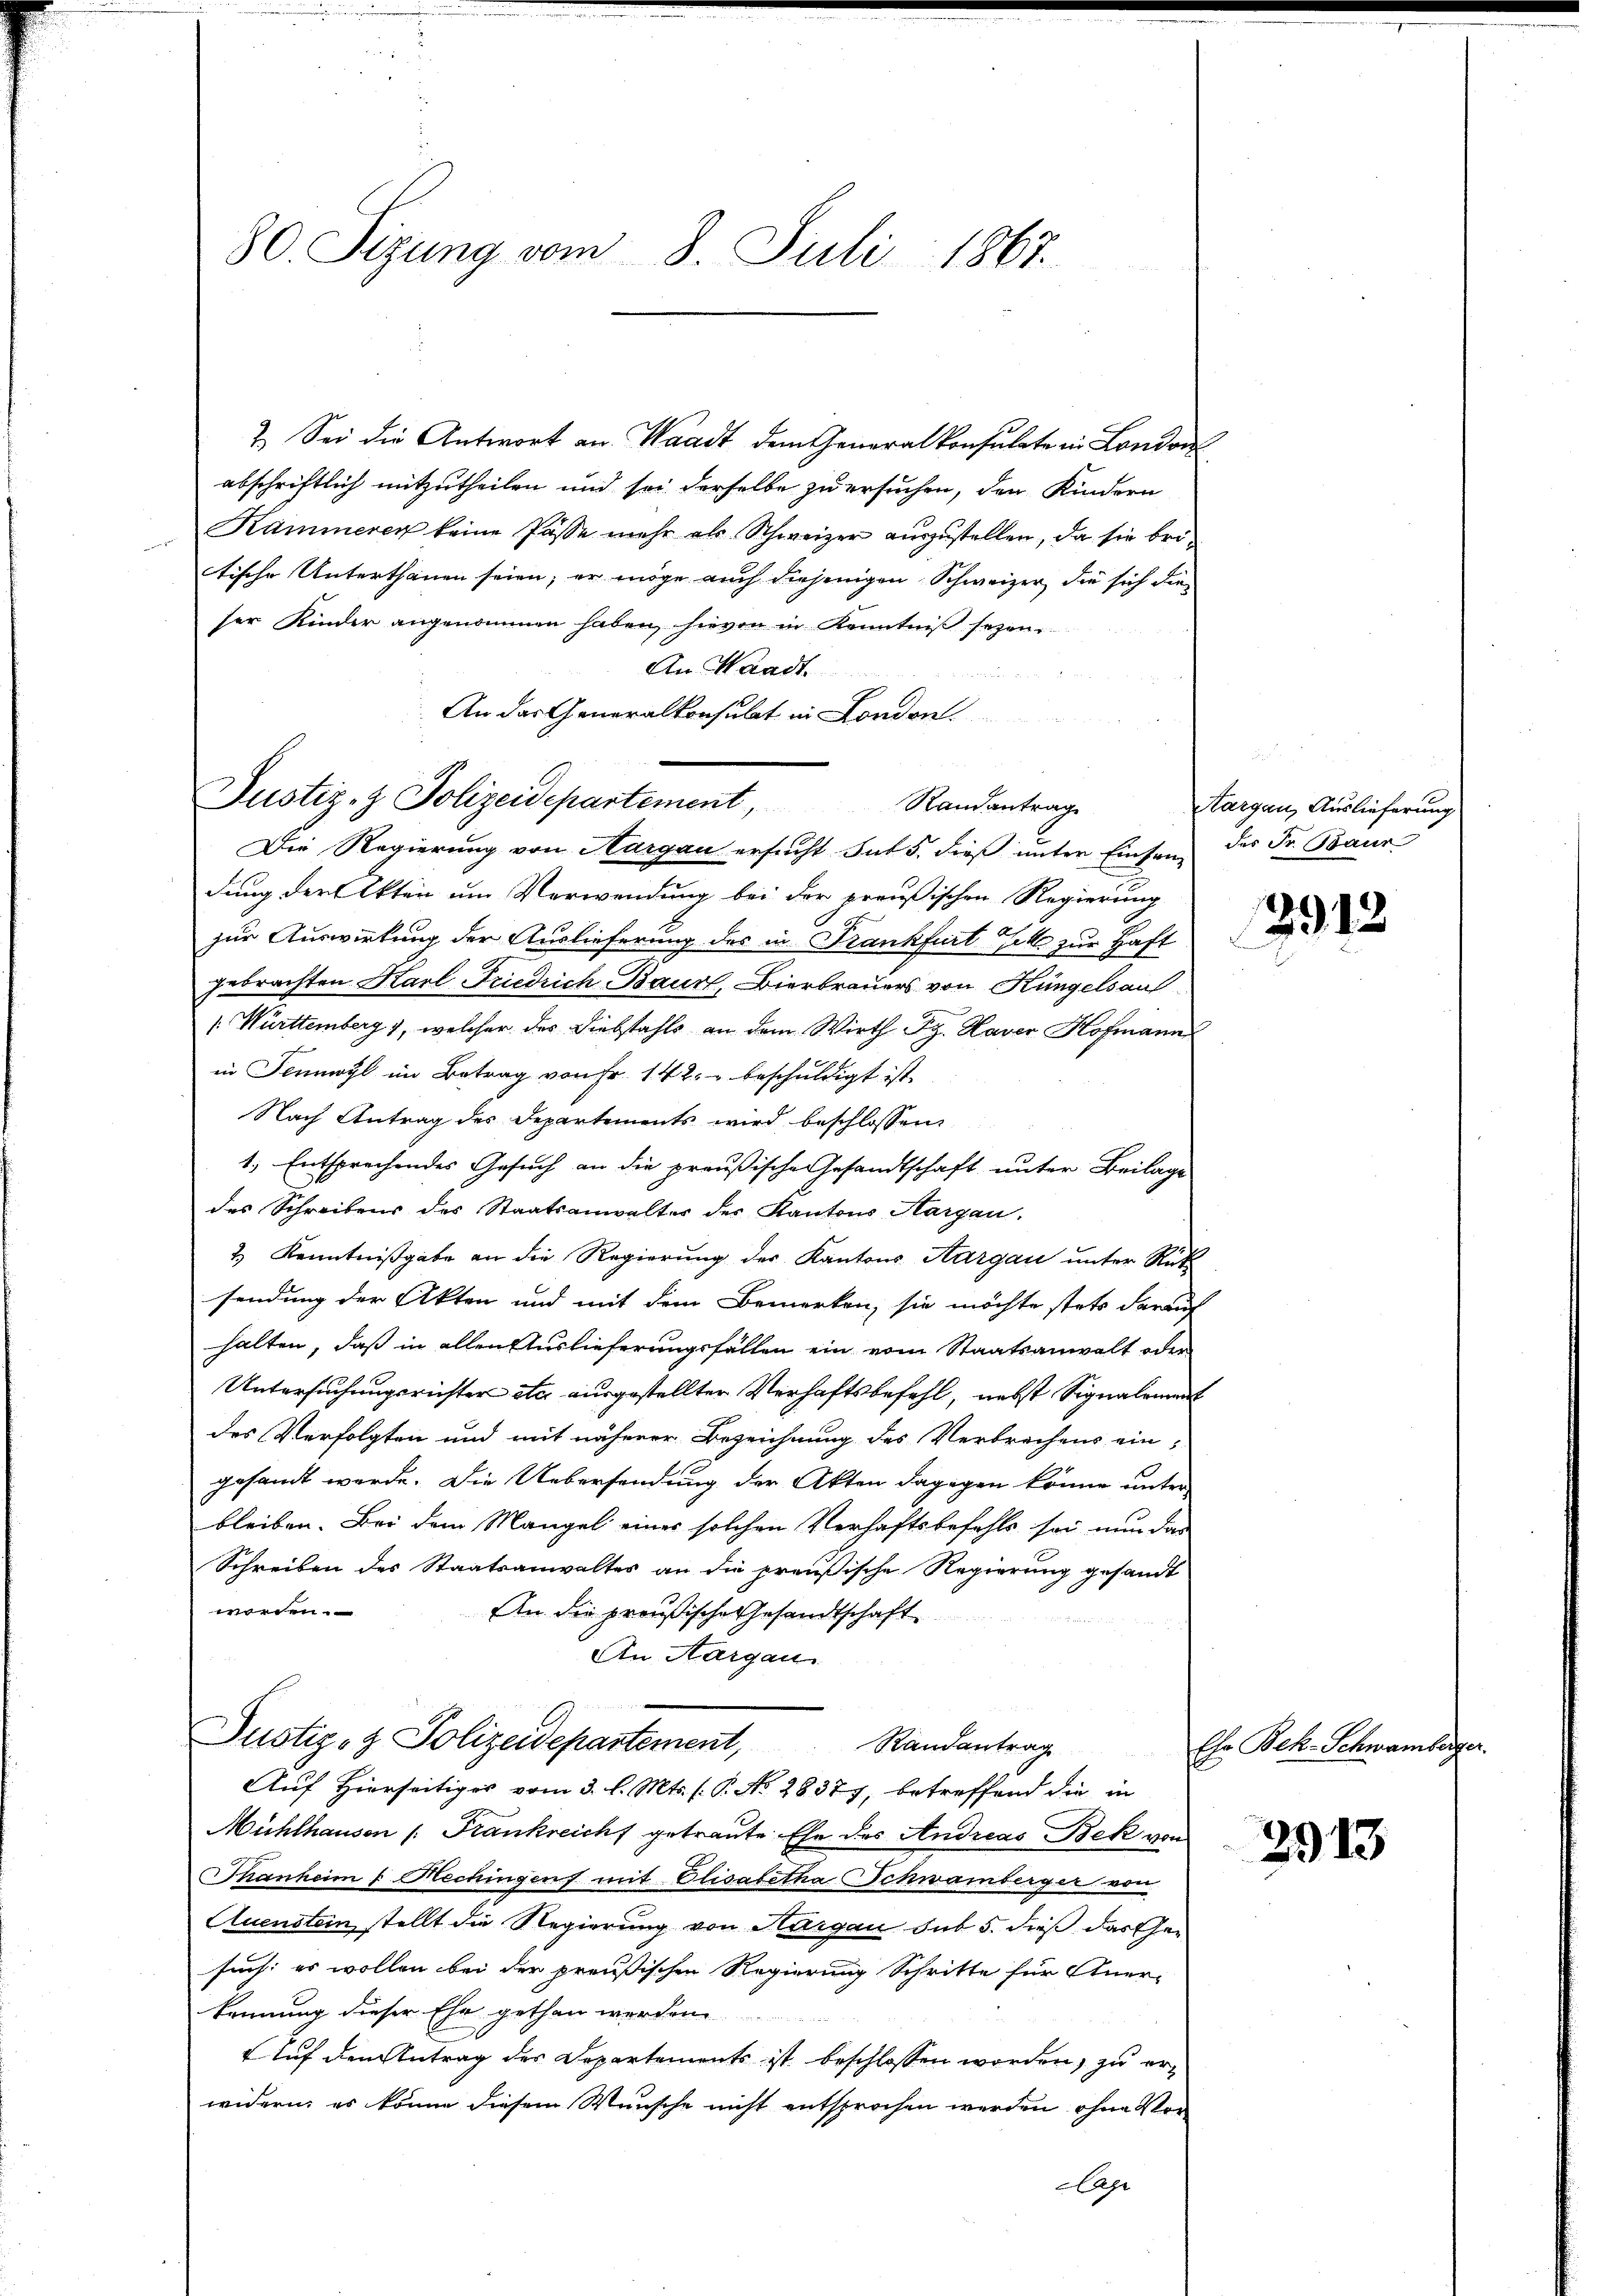
80. Sizung vom 8. Juli 1867.

2. Sei die Antwort an. Waadt dem Generalkonsulate in London
abschriftlich mitzutheilen und sei derselbe zu ersuchen, den Kindern
Kammeren keine Pässe mehr als Schweizer aŭszŭstellen, da sie bri-
tische Unterthanen seien, er möge auch diejenigen Schweizer, die sich die
ser Kinder angenommen haben, hievon in Kenntniß sezen.
An Waadt.
 Hier
An das Generalkonsulat in London
Randantrag
Die Regierung von Aargau ersucht sut 5. dieß unter Einsam des Fr. Baur
dung der Akten um Verwendung bei der preußischen Regierung
zur Auswirkung der Auslieferung des in Frankfurt selbe zur Haft
gebrachten Karl Friedrich Baurt, Bierbrauers von Küngelsauf
[ Württemberg, welcher des Diebstahls an dem Wirth Fr. Haver Hofmann
in Sennwyl im Betrag von Fr. 142. beschuldigt ist.
Nach Antrag des Departements wird beschlossen
1., Entsprechendes Gesuch an die preußische Gesandtschaft unter Beilage
des Schreibens des Staatsanwalter der Kantons Aargau.
2.) Kenntnißgabe an die Regierung der Kantons Aargau unter Rük
sendung der Akten und mit dem Bemerken, sie möchte stets darauf
halten, daß in allen Auslieferungsfällen ein vom Staatsanwalt oder
Untersuchungsrichter etc. ausgestellten Verhaftsbefehl, nebst Signalement
des Verfolgten und mit näherer Bezeichnung des Verbrechens ein-
gesammt werde. Die Uebersendung der Akten dagegen könne unter
bleiben. Bei dem Mangel einer solchen Verhaftsbefehls sei nun das
Schreiben des Staatsanwalter an die preußische Regierung gesandt
worden.
An die preußische Gesandtschaft
An Aargau
Justiz- & Polizeidepartement,
Randantrag
Auf Hierseitiges vom 3. l. Mts. (T. No. 28377, betreffend die in
Mühlhausen /: Frankreicht getraute Ehe des Andreas Bek von
Thanheim & Mechingens mit Elisabetha Schwamberger von
Quenstein stellt die Regierung von Aargau sub 5. dieß das her
such: es wollen bei der preußischen Regierung Schritte für Aner-
kennung dieser Ehe gethan werden
Auf den Antrag des Departements ist beschlossen worden, zu erwidern, es könne diesem Wunsche nicht entsprochen werden, ohne Vor
age

Justiz- & Polizeidepartement,

Aargau, Auslieferung

291

13

Chr Bek-Schwamber

2913